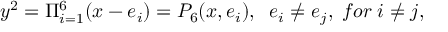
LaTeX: y ^ { 2 } = \Pi _ { i = 1 } ^ { 6 } ( x - e _ { i } ) = P _ { 6 } ( x , e _ { i } ) , \; \; e _ { i } \neq e _ { j } , \; f o r \; i \neq j ,